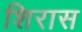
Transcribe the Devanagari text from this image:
शिरास